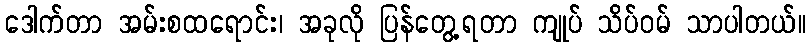
ဒေါက်တာ အမ်းစထရောင်း၊ အခုလို ပြန်တွေ့ရတာ ကျုပ် သိပ်ဝမ် သာပါတယ်။